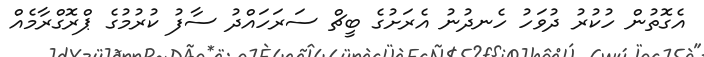
އެގޮތުން ހުކުރު ދުވަހު ހެނދުނު އެރަށުގެ ބީޗް ސަރަހައްދު ސާފު ކުރުމުގެ ޕްރޮގްރާމެއް